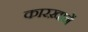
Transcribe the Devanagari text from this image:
कारख़ानें